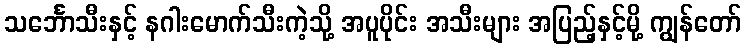
သင်္ဘောသီးနှင့် နဂါးမောက်သီးကဲ့သို့ အပူပိုင်း အသီးများ အပြည့်နှင့်မို့ ကျွန်တော်